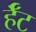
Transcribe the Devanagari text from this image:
र्हँट